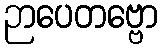
ဉာပေတဗ္ဗော